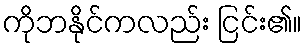
ကိုဘနိုင်ကလည်း ငြင်း၏။